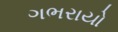
ગભરાયો